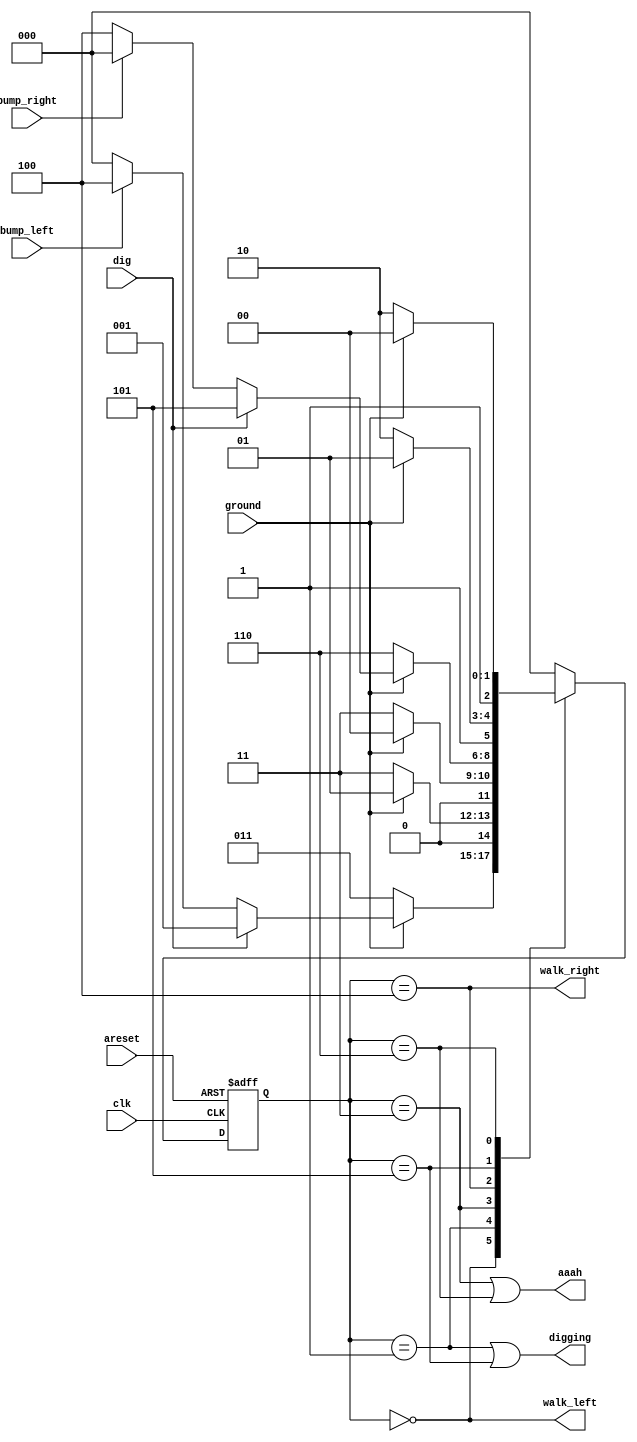
module top_module (
    input                   clk         ,
    input                   areset      ,
    input                   bump_left   ,
    input                   bump_right  ,
    input                   ground      ,
    input                   dig         ,
    output                  walk_left   ,
    output                  walk_right  ,
    output                  aaah        ,
    output                  digging
);

    parameter   LEFT    = 0,
                DIG_L   = 1,
                FALL_L  = 3,
                RIGHT   = 4,
                DIG_R   = 5,
                FALL_R  = 6;

    reg         [2 : 0]     curr_state, next_state;

    always @ (posedge clk, posedge areset) begin
        if (areset) curr_state <= LEFT;
        else        curr_state <= next_state;
    end

    always @ (*) begin
        case (curr_state)
            LEFT    :   if      (!ground)   next_state = FALL_L; 
                        else if (dig)       next_state = DIG_L;
                        else if (bump_left) next_state = RIGHT;
                        else                next_state = LEFT;
            DIG_L   :   if      (!ground)   next_state = FALL_L;
                        else                next_state = DIG_L;
            FALL_L  :   if      (ground)    next_state = LEFT;
                        else                next_state = FALL_L;
            RIGHT   :   if      (!ground)   next_state = FALL_R;
                        else if (dig)       next_state = DIG_R;
                        else if (bump_right)next_state = LEFT;
                        else                next_state = RIGHT;
            DIG_R   :   if      (!ground)   next_state = FALL_R;
                        else                next_state = DIG_R;
            FALL_R  :   if      (ground)    next_state = RIGHT;
                        else                next_state = FALL_R;
            default :                       next_state = LEFT; 
        endcase
    end

    assign walk_left    = (curr_state == LEFT);
    assign walk_right   = (curr_state == RIGHT);
    assign aaah         = (curr_state == FALL_L) | (curr_state == FALL_R);
    assign digging      = (curr_state == DIG_L) | (curr_state == DIG_R);
                
endmodule